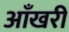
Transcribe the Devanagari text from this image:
आँखरी